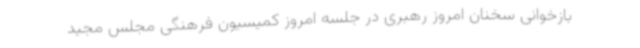
بازخوانی سخنان امروز رهبری در جلسه امروز کمیسیون فرهنگی مجلس مجید